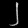
Digit: ၂